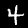
Digit: 4